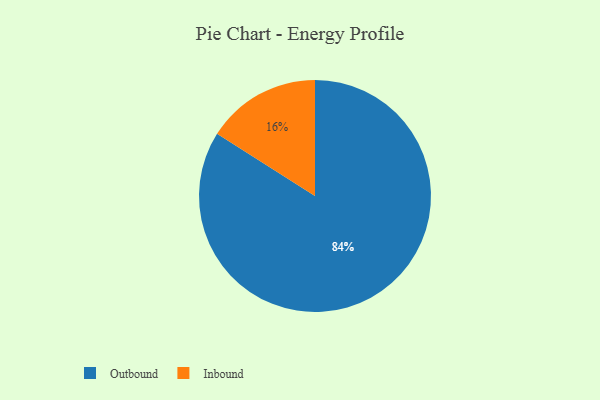
{"axis": {"x": "Category", "y": "Percentage"}, "legend": ["Inbound", "Outbound"], "data": [{"x": "Outbound", "y": 84, "type": "Outbound"}, {"x": "Inbound", "y": 16, "type": "Inbound"}]}